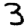
Digit: 3